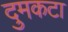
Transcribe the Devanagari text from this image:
दुमकटा